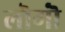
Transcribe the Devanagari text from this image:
लॊगॊं